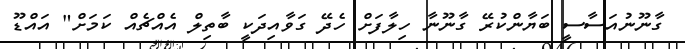
ގާނޫނުއަސާސީ ބަޔާންކުރޭ ގާނޫނާ ހިލާފަށް ހެދޭ ގަވާއިދަކީ ބާތިލް އެއްޗެއް ކަމަށް" އައްޑޫ